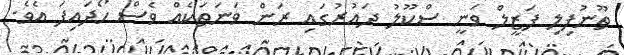
ތޫނުފިލި ފަޒީލް ވަނީ ސްކޫލު ދައުރުގައި ރަން ވަނަތަކެއް ވެސް ހޯދައިފަ އެވެ.